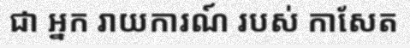
ជា អ្នក រាយការណ៍ របស់ កាសែត